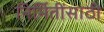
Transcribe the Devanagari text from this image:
निर्मितींसाठी